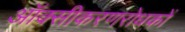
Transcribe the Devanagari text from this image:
ऑक्सीकरणरोधकों